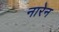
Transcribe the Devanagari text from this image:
नारेन